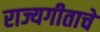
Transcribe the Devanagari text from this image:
राज्यगीताचे